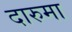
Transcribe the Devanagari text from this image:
दारुमा